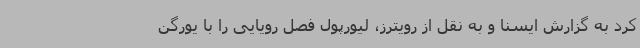
کرد به گزارش ایسنا و به نقل از رویترز، لیورپول فصل رویایی را با یورگن